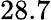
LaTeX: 28.7